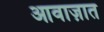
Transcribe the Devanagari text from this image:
आवाज़ात